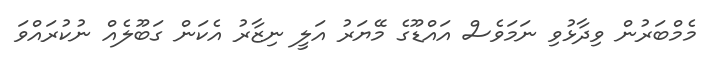
މެމްބަރުން ވިދާޅުވި ނަމަވެސް އައްޑޫގެ މޭޔަރު އަލީ ނިޒާރު އެކަން ގަބޫލެއް ނުކުރައްވަ